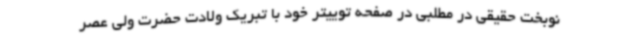
نوبخت حقیقی در مطلبی در صفحه توییتر خود با تبریک ولادت حضرت ولی عصر